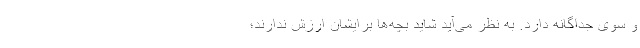
و سوی جداگانه دارد. به نظر می‌آید شاید بچه‌ها برایشان ارزش ندارند؛